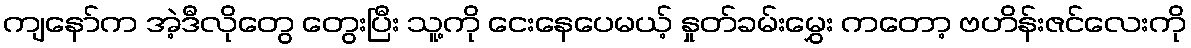
ကျနော်က အဲ့ဒီလိုတွေ တွေးပြီး သူ့ကို ငေးနေပေမယ့် နှုတ်ခမ်းမွှေး ကတော့ ဗဟိန်းဇင်လေးကို